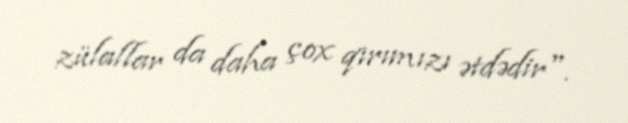
zülallar da daha çox qırımızı ətdədir".